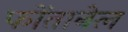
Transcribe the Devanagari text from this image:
फोंतानेल